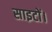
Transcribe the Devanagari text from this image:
साइटों।